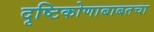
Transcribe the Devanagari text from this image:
दृष्टिकोणाबाबतचा